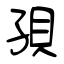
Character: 孭